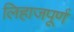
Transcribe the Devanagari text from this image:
लिहाजपूर्ण